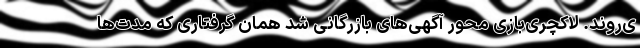
ی‌روند. لاکچری‌بازی محورِ آگهی‌های بازرگانی شد همان گرفتاری که مدت‌ها